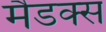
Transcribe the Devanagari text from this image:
मैडक्स